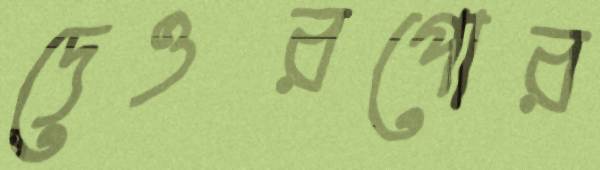
দেওরপোর